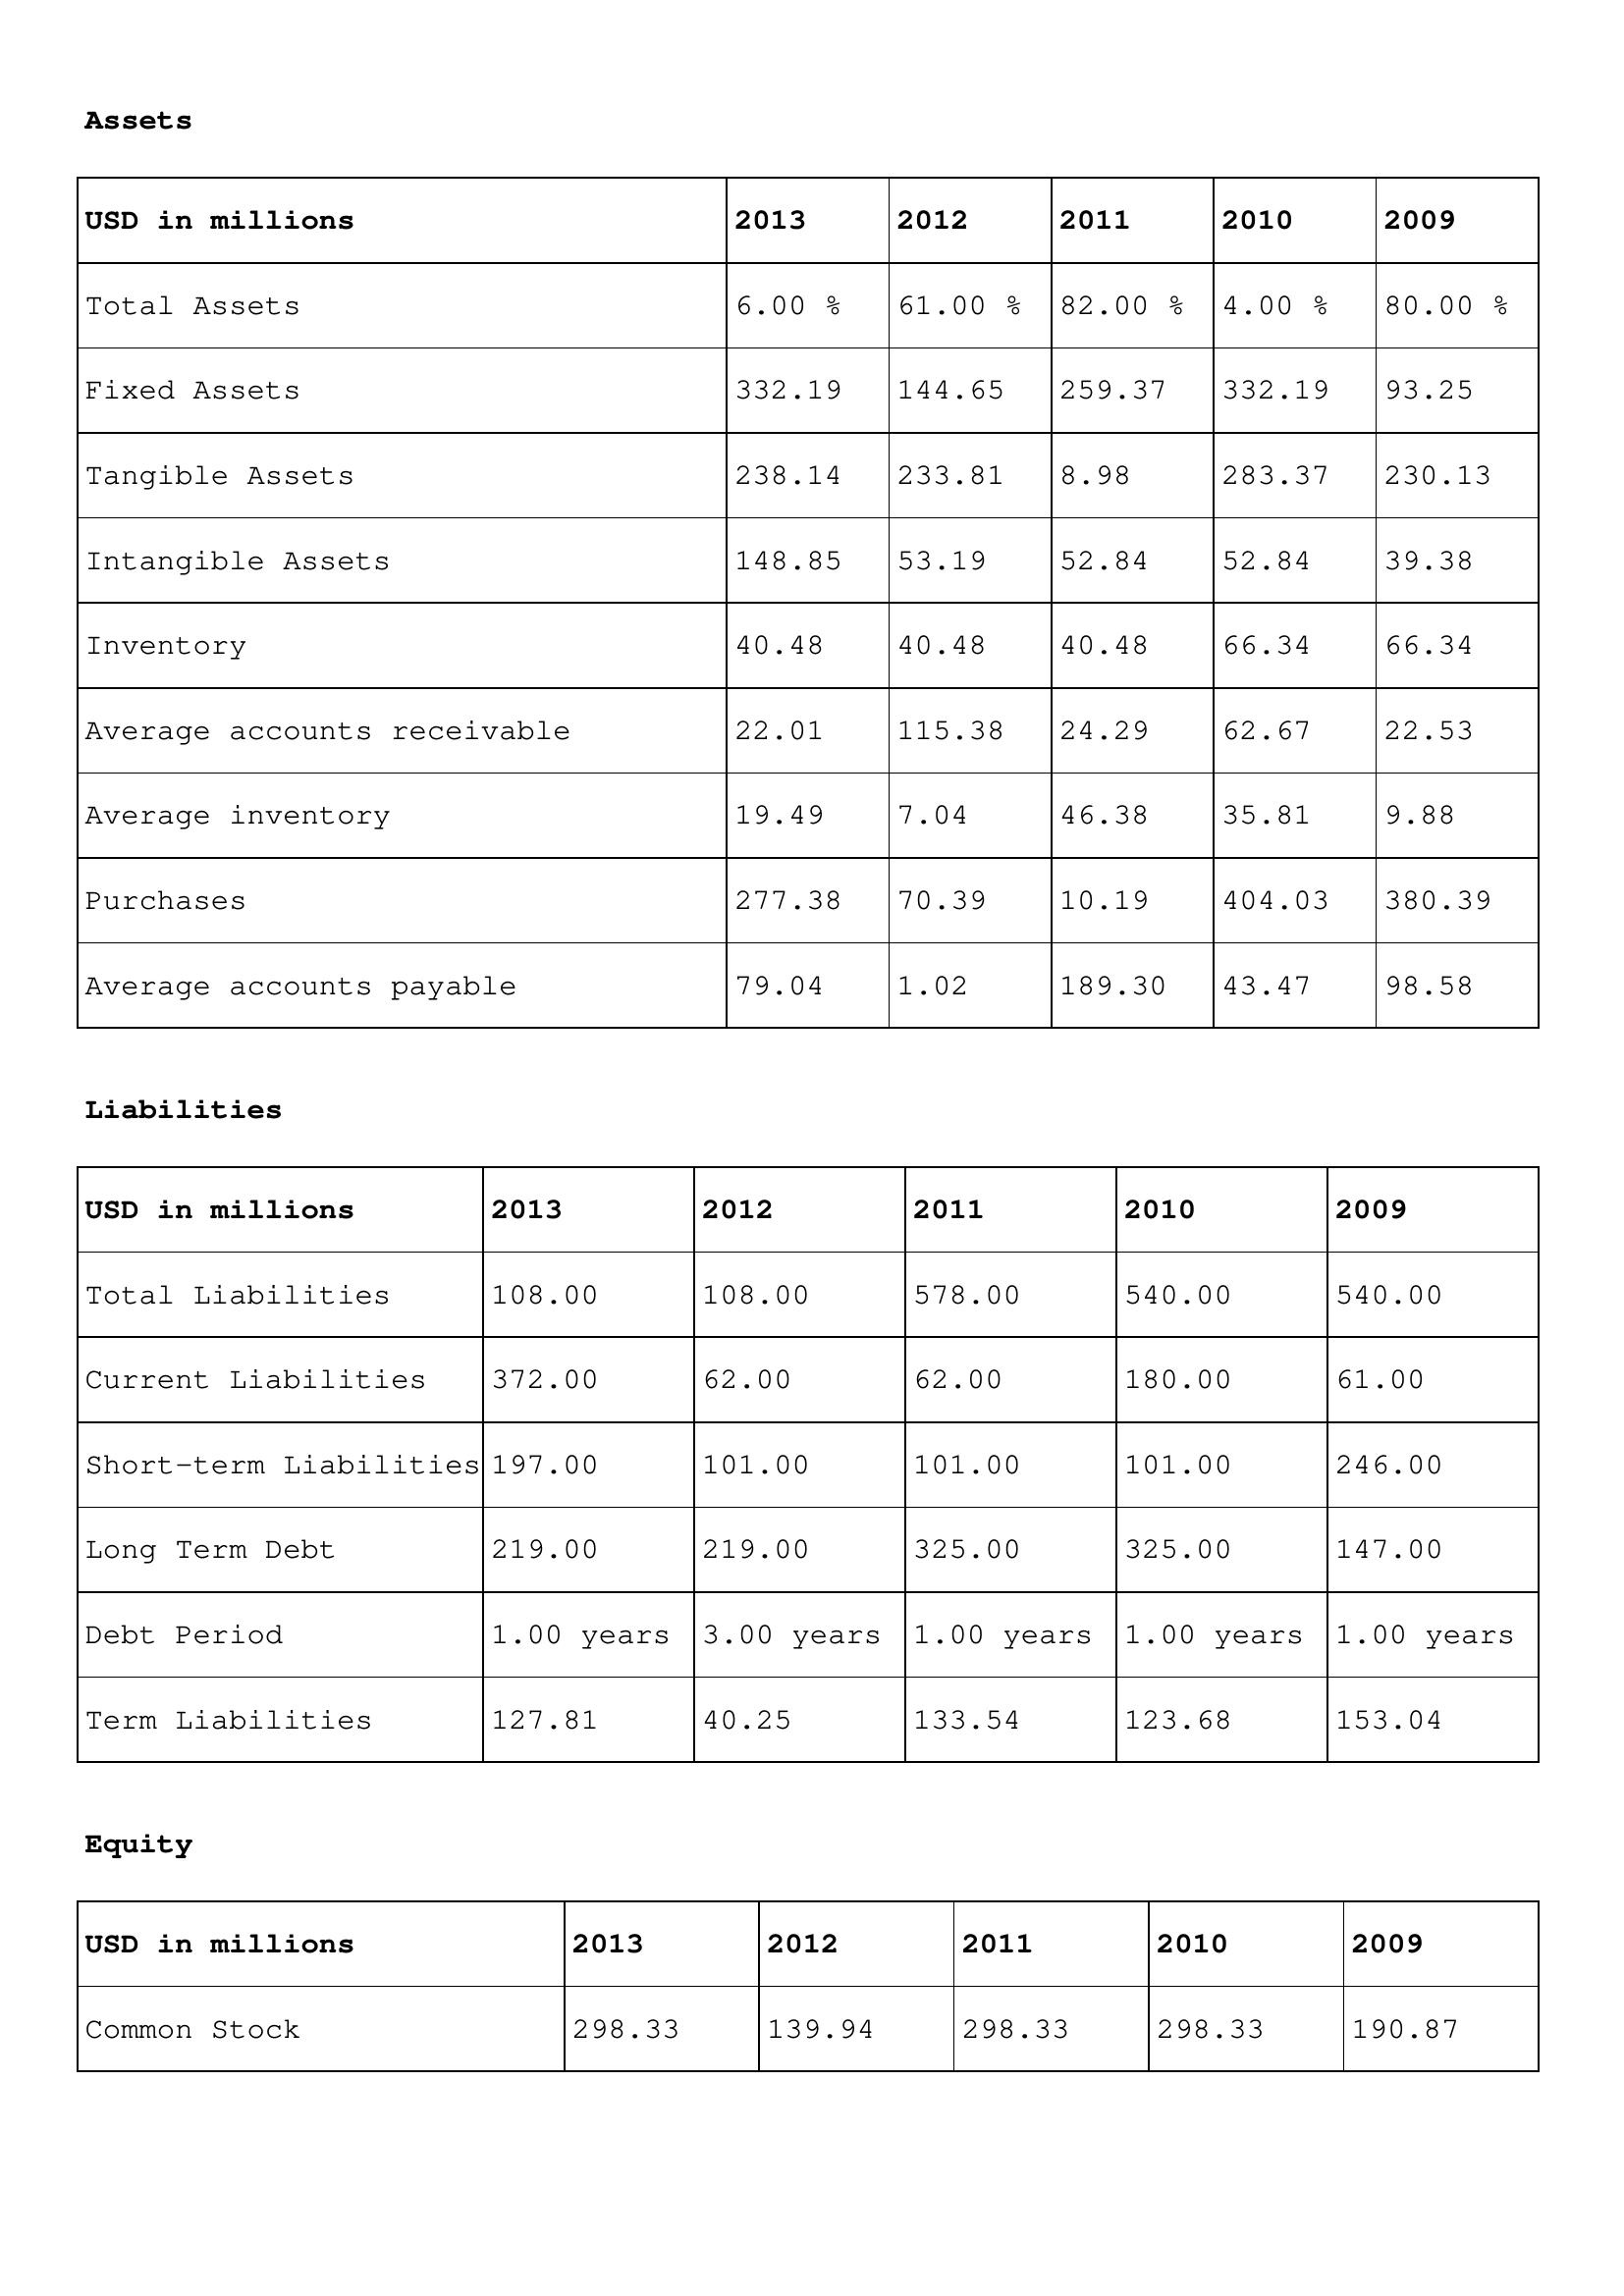
gt_parse: 2013: Assets: Total Assets: 6.00 %
Fixed Assets: 332.19
Tangible Assets: 238.14
Intangible Assets: 148.85
Inventory: 40.48
Average accounts receivable: 22.01
Average inventory: 19.49
Purchases: 277.38
Average accounts payable: 79.04
Liabilities: Total Liabilities: 108.00
Current Liabilities: 372.00
Short-term Liabilities: 197.00
Long Term Debt: 219.00
Debt Period: 1.00 years
Term Liabilities: 127.81
Equity: Common Stock: 298.33
2012: Assets: Total Assets: 61.00 %
Fixed Assets: 144.65
Tangible Assets: 233.81
Intangible Assets: 53.19
Inventory: 40.48
Average accounts receivable: 115.38
Average inventory: 7.04
Purchases: 70.39
Average accounts payable: 1.02
Liabilities: Total Liabilities: 108.00
Current Liabilities: 62.00
Short-term Liabilities: 101.00
Long Term Debt: 219.00
Debt Period: 3.00 years
Term Liabilities: 40.25
Equity: Common Stock: 139.94
2011: Assets: Total Assets: 82.00 %
Fixed Assets: 259.37
Tangible Assets: 8.98
Intangible Assets: 52.84
Inventory: 40.48
Average accounts receivable: 24.29
Average inventory: 46.38
Purchases: 10.19
Average accounts payable: 189.30
Liabilities: Total Liabilities: 578.00
Current Liabilities: 62.00
Short-term Liabilities: 101.00
Long Term Debt: 325.00
Debt Period: 1.00 years
Term Liabilities: 133.54
Equity: Common Stock: 298.33
2010: Assets: Total Assets: 4.00 %
Fixed Assets: 332.19
Tangible Assets: 283.37
Intangible Assets: 52.84
Inventory: 66.34
Average accounts receivable: 62.67
Average inventory: 35.81
Purchases: 404.03
Average accounts payable: 43.47
Liabilities: Total Liabilities: 540.00
Current Liabilities: 180.00
Short-term Liabilities: 101.00
Long Term Debt: 325.00
Debt Period: 1.00 years
Term Liabilities: 123.68
Equity: Common Stock: 298.33
2009: Assets: Total Assets: 80.00 %
Fixed Assets: 93.25
Tangible Assets: 230.13
Intangible Assets: 39.38
Inventory: 66.34
Average accounts receivable: 22.53
Average inventory: 9.88
Purchases: 380.39
Average accounts payable: 98.58
Liabilities: Total Liabilities: 540.00
Current Liabilities: 61.00
Short-term Liabilities: 246.00
Long Term Debt: 147.00
Debt Period: 1.00 years
Term Liabilities: 153.04
Equity: Common Stock: 190.87